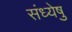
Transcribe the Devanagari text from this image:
संध्येषु